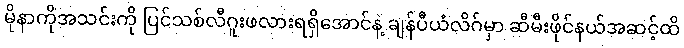
မိုနာကိုအသင်းကို ပြင်သစ်လီဂူးဖလားရရှိအောင်နဲ့ ချန်ပီယံလိဂ်မှာ ဆီမီးဖိုင်နယ်အဆင့်ထိ